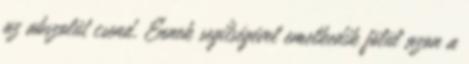
az abszolút csend. Ennek segítségével emelkedik fölül azon a